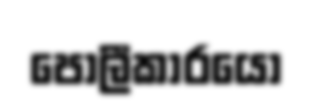
පොලීකාරයෝ